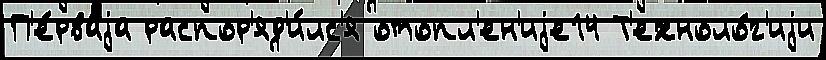
П'е́рваjа распор'яд'и́лс'я отопл'ен'иjе14 Т'ехноло́г'иjи